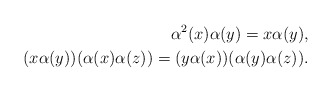
\begin{align*}\alpha^{2}(x)\alpha(y)=x\alpha(y),\\(x\alpha(y))(\alpha(x)\alpha(z))=(y\alpha(x))(\alpha(y)\alpha(z)).\end{align*}